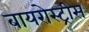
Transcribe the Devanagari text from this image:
बायरोस्ट्रीस